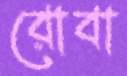
রোবা